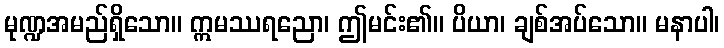
မုဏ္ဍအမည်ရှိသော။ ဣမဿရညော၊ ဤမင်း၏။ ပိယာ၊ ချစ်အပ်သော။ မနာပါ၊